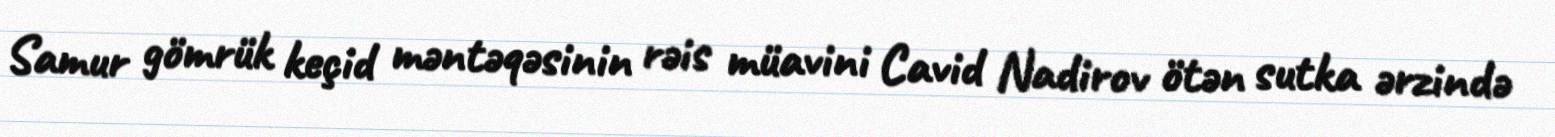
Samur gömrük keçid məntəqəsinin rəis müavini Cavid Nadirov ötən sutka ərzində